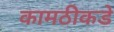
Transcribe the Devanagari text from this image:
कामठीकडे